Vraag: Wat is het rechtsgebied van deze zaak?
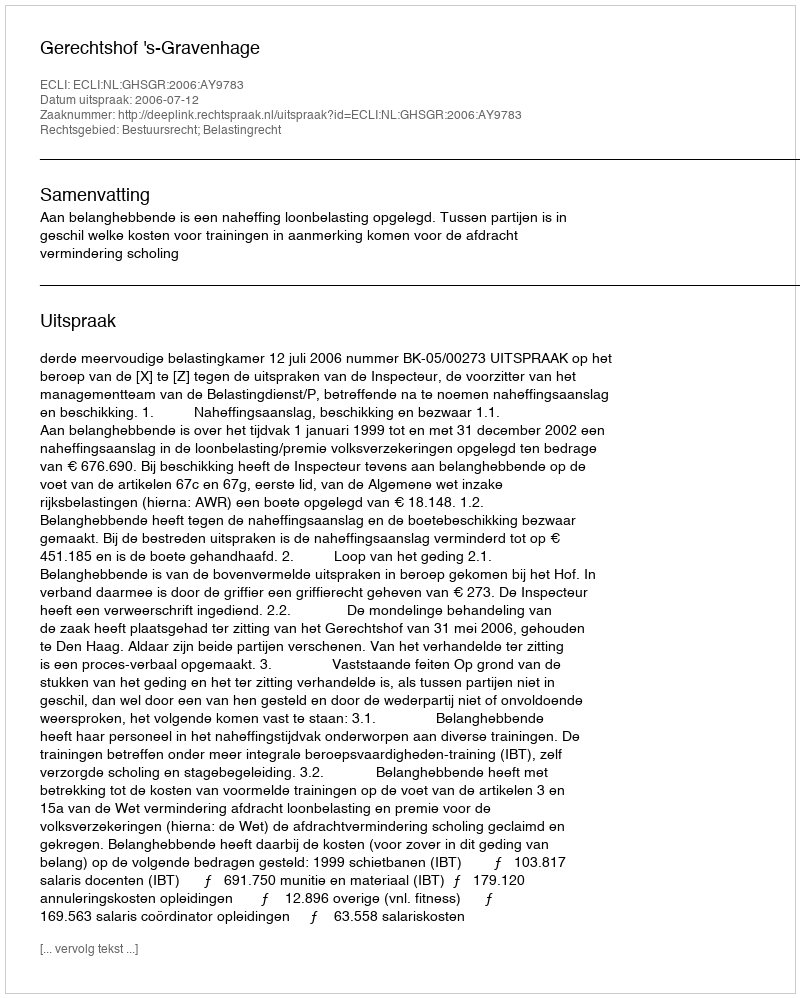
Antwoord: Bestuursrecht; Belastingrecht